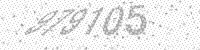
Solution: 979105